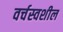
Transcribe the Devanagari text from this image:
वर्चस्वशील